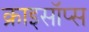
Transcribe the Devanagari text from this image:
क्राइसॉप्स